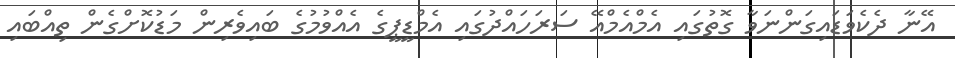
އޭނާ ދެކެވަޑައިގަންނަވާ ގޮތުގައި އެމްއެމްއޭ ސަރަހައްދުގައި އެމްޑީޕީގެ އެއްވުމުގެ ބައިވެރިން މަޑުކޮށްގެން ތިއްބައި